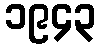
၁၉၄၃